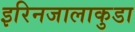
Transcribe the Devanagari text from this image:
इरिनजालाकुडा